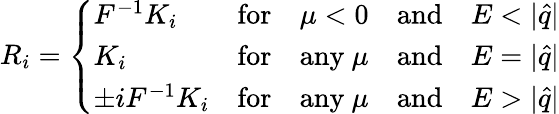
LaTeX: R_{i}=\left\{ \begin{array}{lllll}{{{F}^{-1}{K}_{i}}}&{{\mathrm{for}}}&{{\mu<0}}&{{\mathrm{and}}}&{{E<|\hat{q}|}}\\ {{{K}_{i}}}&{{\mathrm{for}}}&{{\mathrm{any}~\mu}}&{{\mathrm{and}}}&{{E=|\hat{q}|}}\\ {{\pm i{F}^{-1}{K}_{i}}}&{{\mathrm{for}}}&{{\mathrm{any}~\mu}}&{{\mathrm{and}}}&{{E>|\hat{q}|}}\end{array}\right.